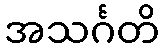
အသင်္ဂတိ